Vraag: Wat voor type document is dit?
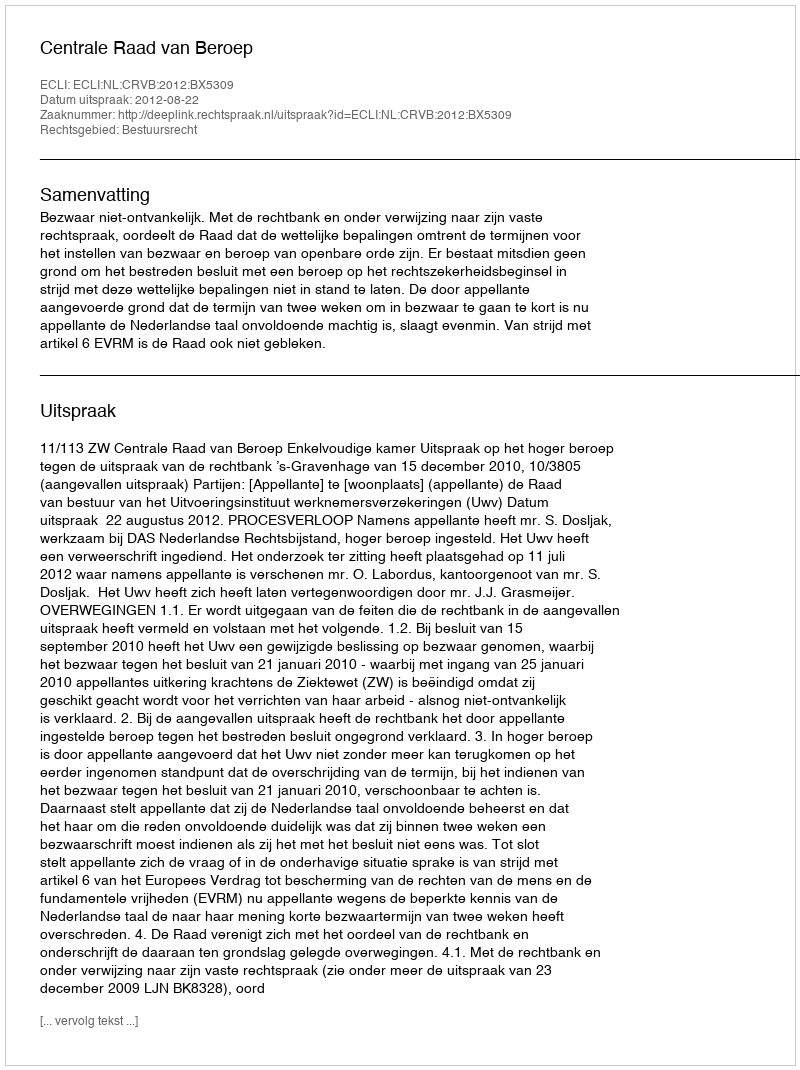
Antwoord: Uitspraak